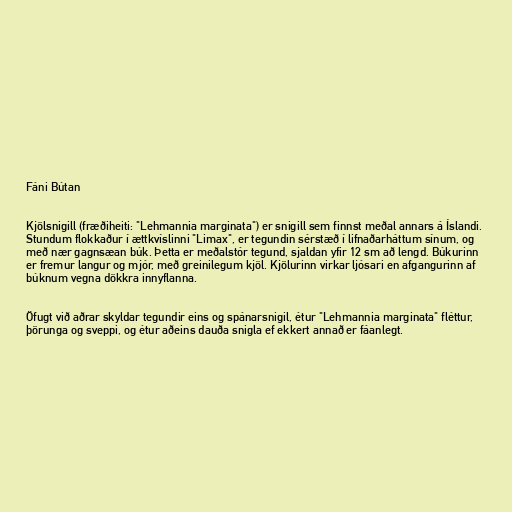
Fáni Bútan

Kjölsnigill (fræðiheiti: "Lehmannia marginata") er snigill sem finnst meðal annars á Íslandi.
Stundum flokkaður í ættkvíslinni "Limax", er tegundin sérstæð í lifnaðarháttum sínum, og
með nær gagnsæan búk. Þetta er meðalstór tegund, sjaldan yfir 12 sm að lengd. Búkurinn
er fremur langur og mjór, með greinilegum kjöl. Kjölurinn virkar ljósari en afgangurinn af
búknum vegna dökkra innyflanna.

Öfugt við aðrar skyldar tegundir eins og spánarsnigil, étur "Lehmannia marginata" fléttur,
þörunga og sveppi, og étur aðeins dauða snigla ef ekkert annað er fáanlegt.